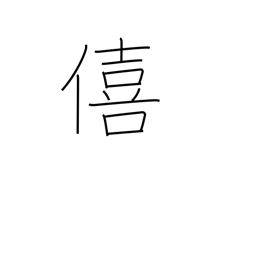
Meaning: enjoyment